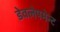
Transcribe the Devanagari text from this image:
डेवलेपमेन्ट